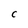
Character: C